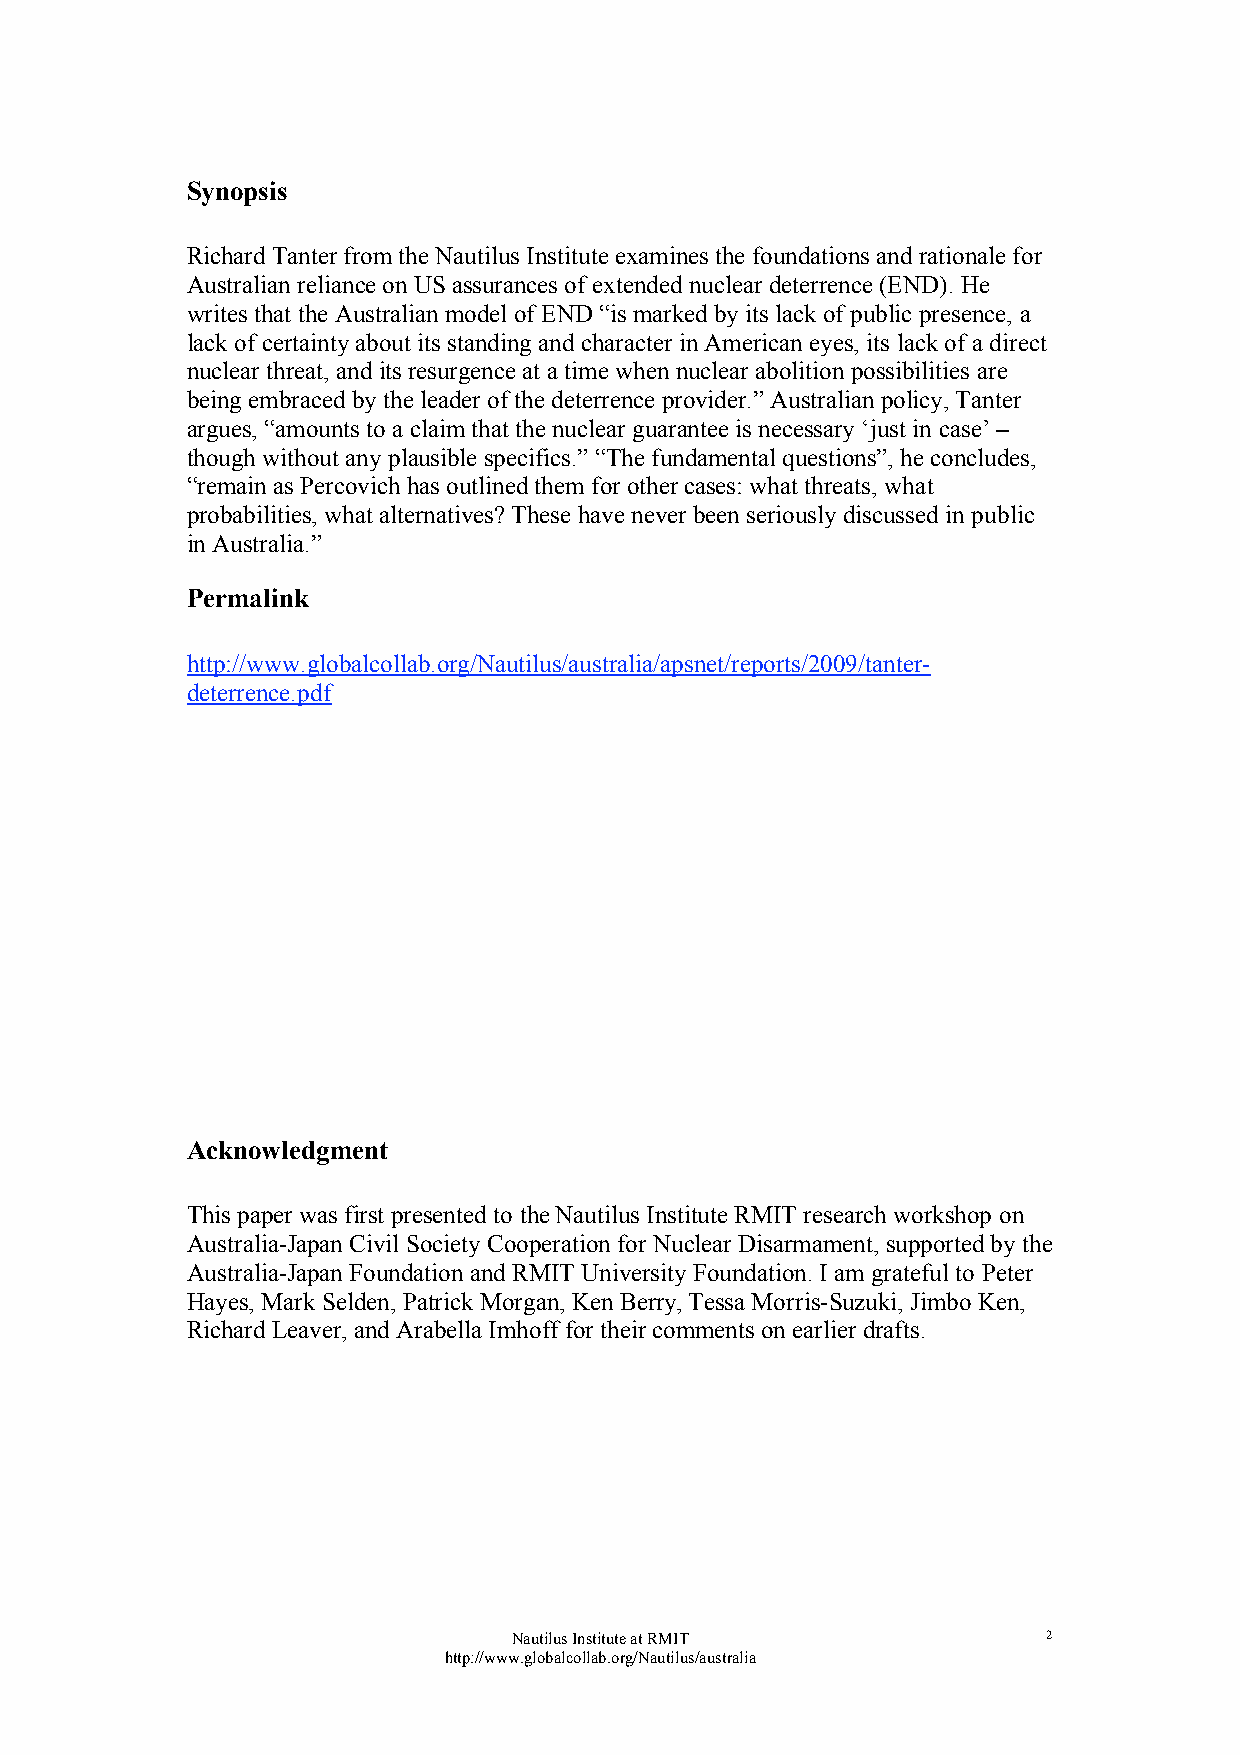
Synopsis
 Richard Tanter from the Nautilus Institute examines the foundations and rationale for
 Australian reliance on US assurances of extended nuclear deterrence (END). He
 writes that the Australian model of END “is marked by its lack of public presence, a
 lack of certainty about its standing and character in American eyes, its lack of a direct
 nuclear threat, and its resurgence at a time when nuclear abolition possibilities are
 being embraced by the leader of the deterrence provider.” Australian policy, Tanter
 argues, “amounts to a claim that the nuclear guarantee is necessary ‘just in case’ –
 though without any plausible specifics.” “The fundamental questions”, he concludes,
 “remain as Percovich has outlined them for other cases: what threats, what
 probabilities, what alternatives? These have never been seriously discussed in public
 in Australia.”
 Permalink
 http://www.globalcollab.org/Nautilus/australia/apsnet/reports/2009/tanter-
 deterrence.pdf
 Acknowledgment
 This paper was first presented to the Nautilus Institute RMIT research workshop on
 Australia-Japan Civil Society Cooperation for Nuclear Disarmament, supported by the
 Australia-Japan Foundation and RMIT University Foundation. I am grateful to Peter
 Hayes, Mark Selden, Patrick Morgan, Ken Berry, Tessa Morris-Suzuki, Jimbo Ken,
 Richard Leaver, and Arabella Imhoff for their comments on earlier drafts.
 Nautilus Institute at RMIT         2
 http://www.globalcollab.org/Nautilus/australia